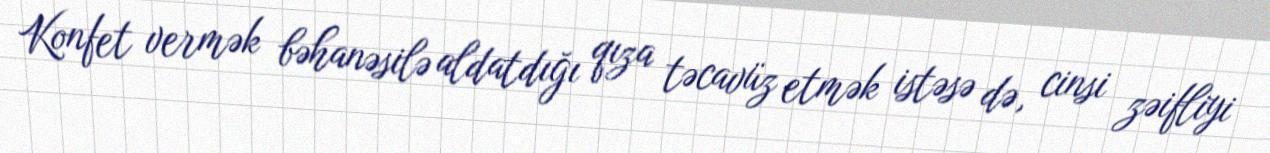
Konfet vermək bəhanəsilə aldatdığı qıza təcavüz etmək istəsə də, cinsi zəifliyi